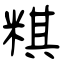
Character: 粸